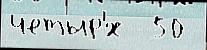
четыр'́х  50